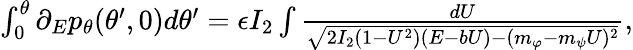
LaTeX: \begin{array}{r}{\int_{0}^{\theta}\partial_{E}p_{\theta}(\theta^{\prime},0)d\theta^{\prime}=\epsilon I_{2}\int\frac{dU}{\sqrt{2I_{2}(1-U^{2})(E-bU)-(m_{\varphi}-m_{\psi}U)^{2}}},}\end{array}